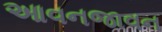
આવનજાવન